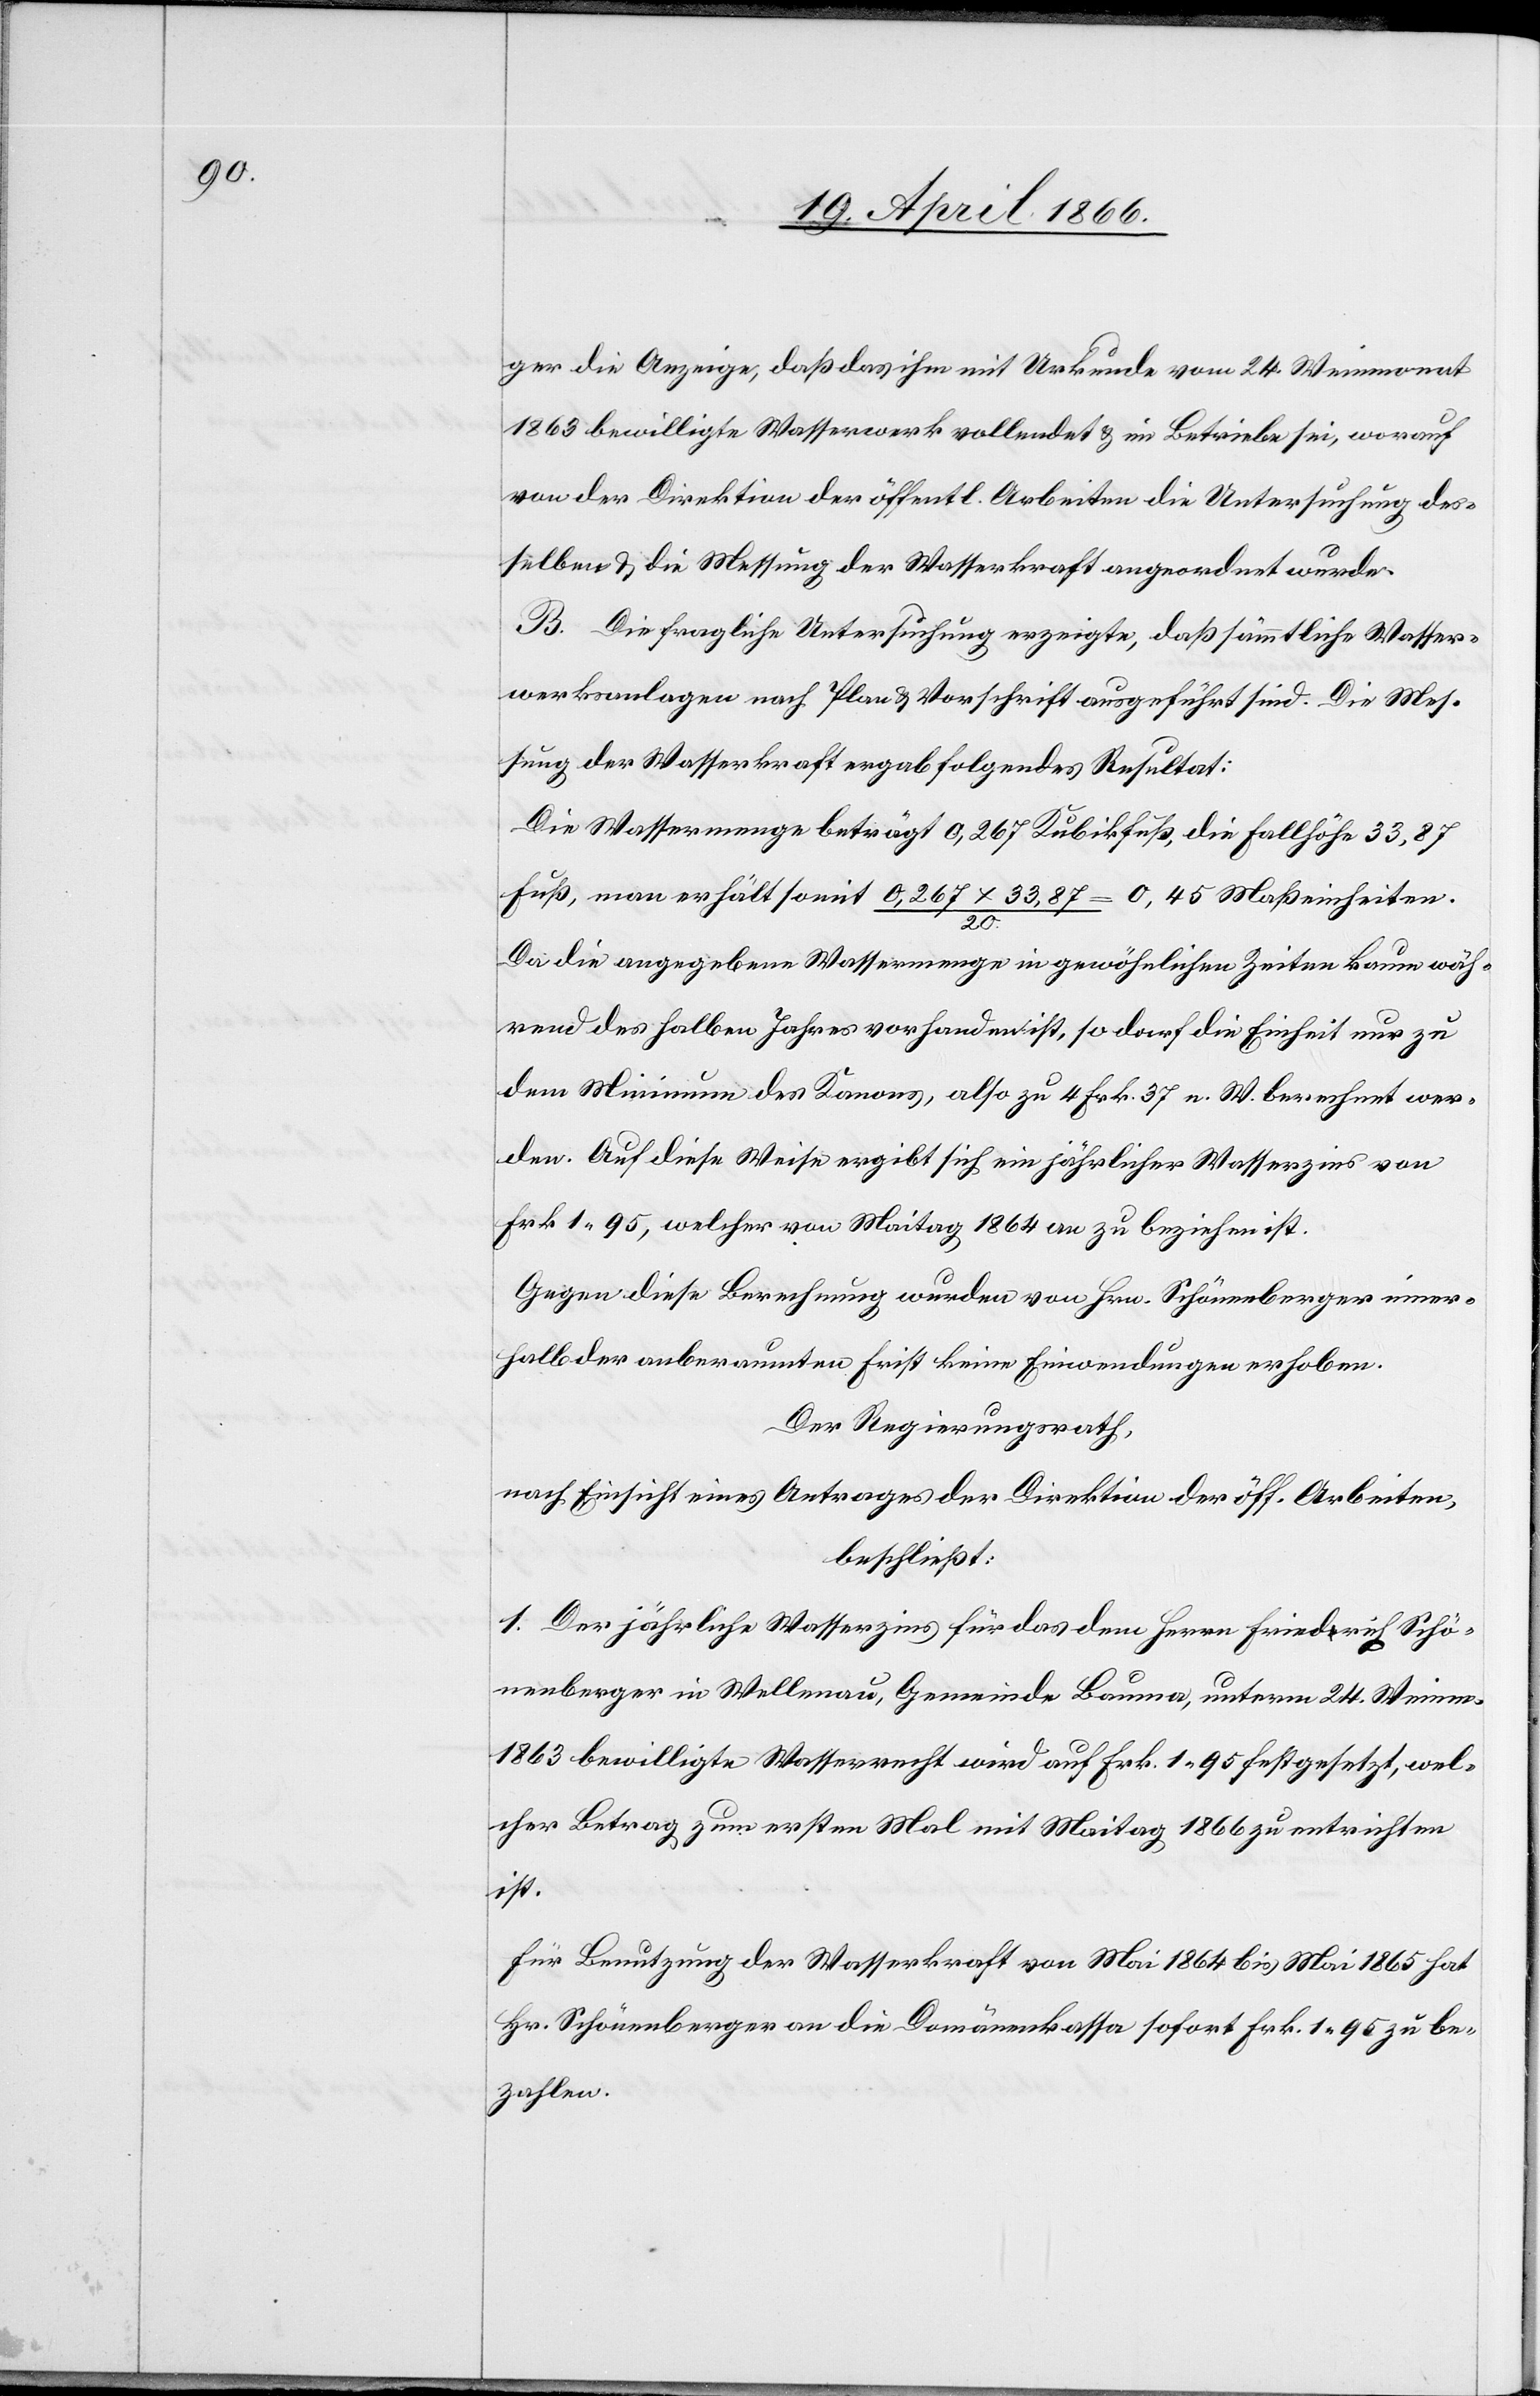
ger die Anzeige, daß das ihm mit Urkunde vom 24. Weinmonat
1863 bewilligte Wasserwerk vollendet u. im Betriebe sei, worauf
von der Direktion der öffentl. Arbeiten die Untersuchung des¬
selben u. die Messung der Wasserkraft angeordnet wurde.
B. Die fragliche Untersuchung erzeigte, daß sämmtliche Wasser¬
werksanlagen nach Plan u. Vorschrift ausgeführt sind. Die Mes¬
sung der Wasserkraft ergab folgendes Resultat:
Die Wassermenge beträgt 0,267 Kubikfuß, die Fallhöhe 33,87
Fuß, man erhält somit 0.267 x 33,87 / 20. = 0.45 Maßeinheiten.
Da die angegebene Wassermenge in gewöhnlichen Zeiten kaum wäh¬
rend des halben Jahres vorhanden ist, so darf die Einheit nur zu
dem Minimum des Kanons, also zu 4 Frk. 37 e. W. berechnet wer¬
den. Auf diese Weise ergibt sich ein jährlicher Wasserzins von
Frk. 1.95, welcher vom Maitag 1864 an zu beziehen ist.
Gegen diese Berechnung wurden von Hrn. Schönenberger inner¬
halb der anberaumten Frist keine Einwendungen erhoben.
Der Regierungsrath,
nach Einsicht eines Antrages der Direktion der öff. Arbeiten,
beschließt:
1. Der jährliche Wasserzins für das dem Herrn Friedrich Schö¬
nenberger in Wellenau, Gemeinde Bauma, unterm 24. Weinmonat
1863 bewilligte Wasserrecht wird auf Frk. 1.95 festgesetzt, wel¬
cher Betrag zum ersten Mal mit Maitag 1866 zu entrichten
ist.
Für Benutzung der Wasserkraft von Mai 1864 bis Mai 1865 hat
Hr. Schönenberger an die Domänenkasse sofort Fr. 1.95 zu be¬
zahlen